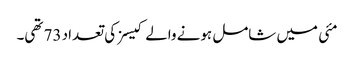
مئی میں شامل ہونے والے کیسز کی تعداد 73 تھی۔